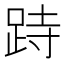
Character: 跱